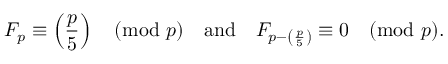
F _ { p } \equiv \left( { \frac { p } { 5 } } \right) { \pmod { p } } \quad { \mathrm { a n d } } \quad F _ { p - \left( { \frac { p } { 5 } } \right) } \equiv 0 { \pmod { p } } .